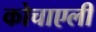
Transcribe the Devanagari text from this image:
कोचाएली